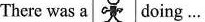
There was a doing…